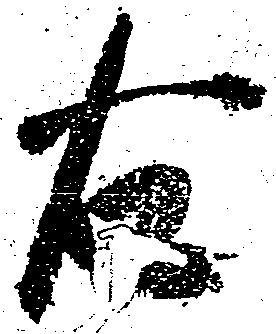
右